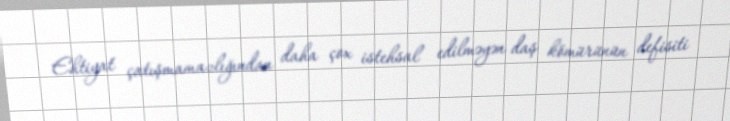
Ehtiyat çatışmamazlığından daha çox istehsal edilməyən daş kömürünün defisiti